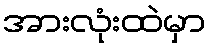
အားလုံးထဲမှာ